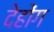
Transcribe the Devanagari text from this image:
देहोंग